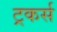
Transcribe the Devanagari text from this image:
ट्रकर्स